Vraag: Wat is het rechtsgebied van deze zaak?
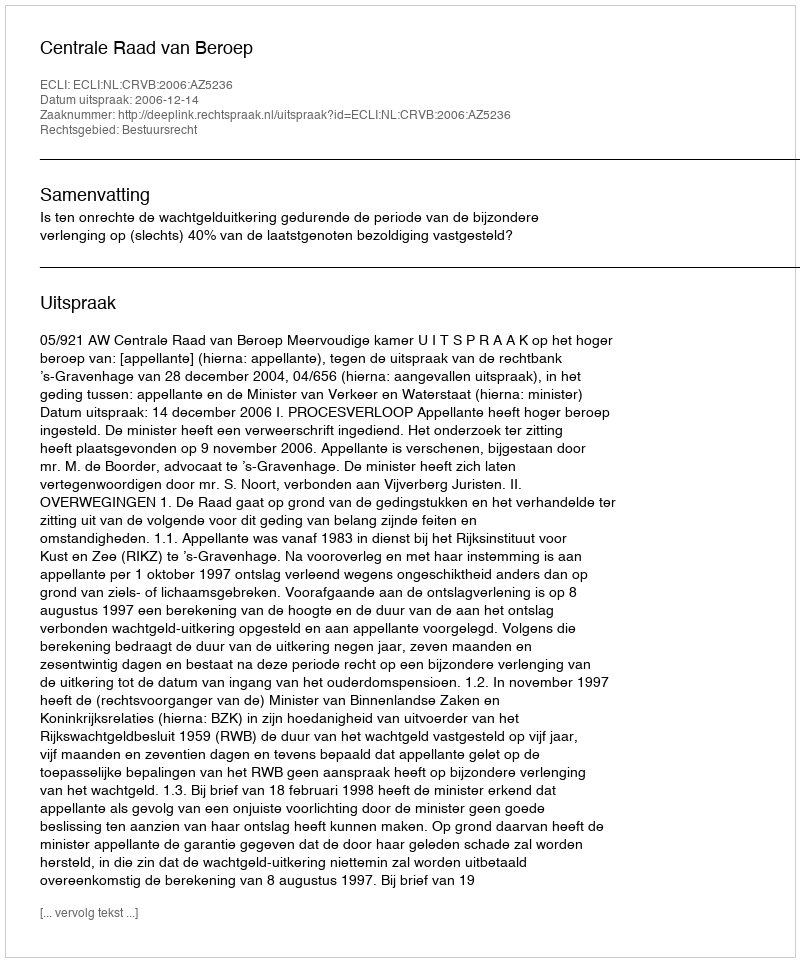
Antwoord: Bestuursrecht